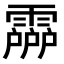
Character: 𩅶